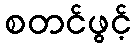
စတင်ဖွင့်